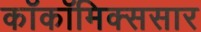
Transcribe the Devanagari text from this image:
काॅकॉमिक्ससार